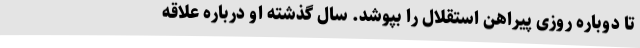
تا دوباره روزی پیراهن استقلال را بپوشد. سال گذشته او درباره علاقه